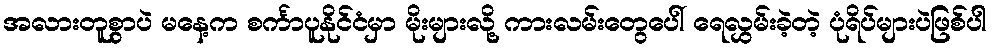
အလားတူစွာပဲ မနေ့က စင်္ကာပူနိုင်ငံမှာ မိုးများလို့ ကားလမ်းတွေပေါ် ရေလွှမ်းခဲ့တဲ့ ပုံရိပ်များပဲဖြစ်ပါ